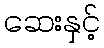
ဆေးနှင့်